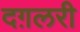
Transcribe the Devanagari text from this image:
दग़लरी